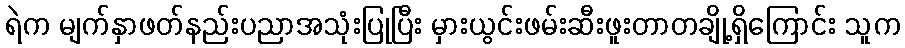
ရဲက မျက်နှာဖတ်နည်းပညာအသုံးပြုပြီး မှားယွင်းဖမ်းဆီးဖူးတာတချို့ရှိကြောင်း သူက